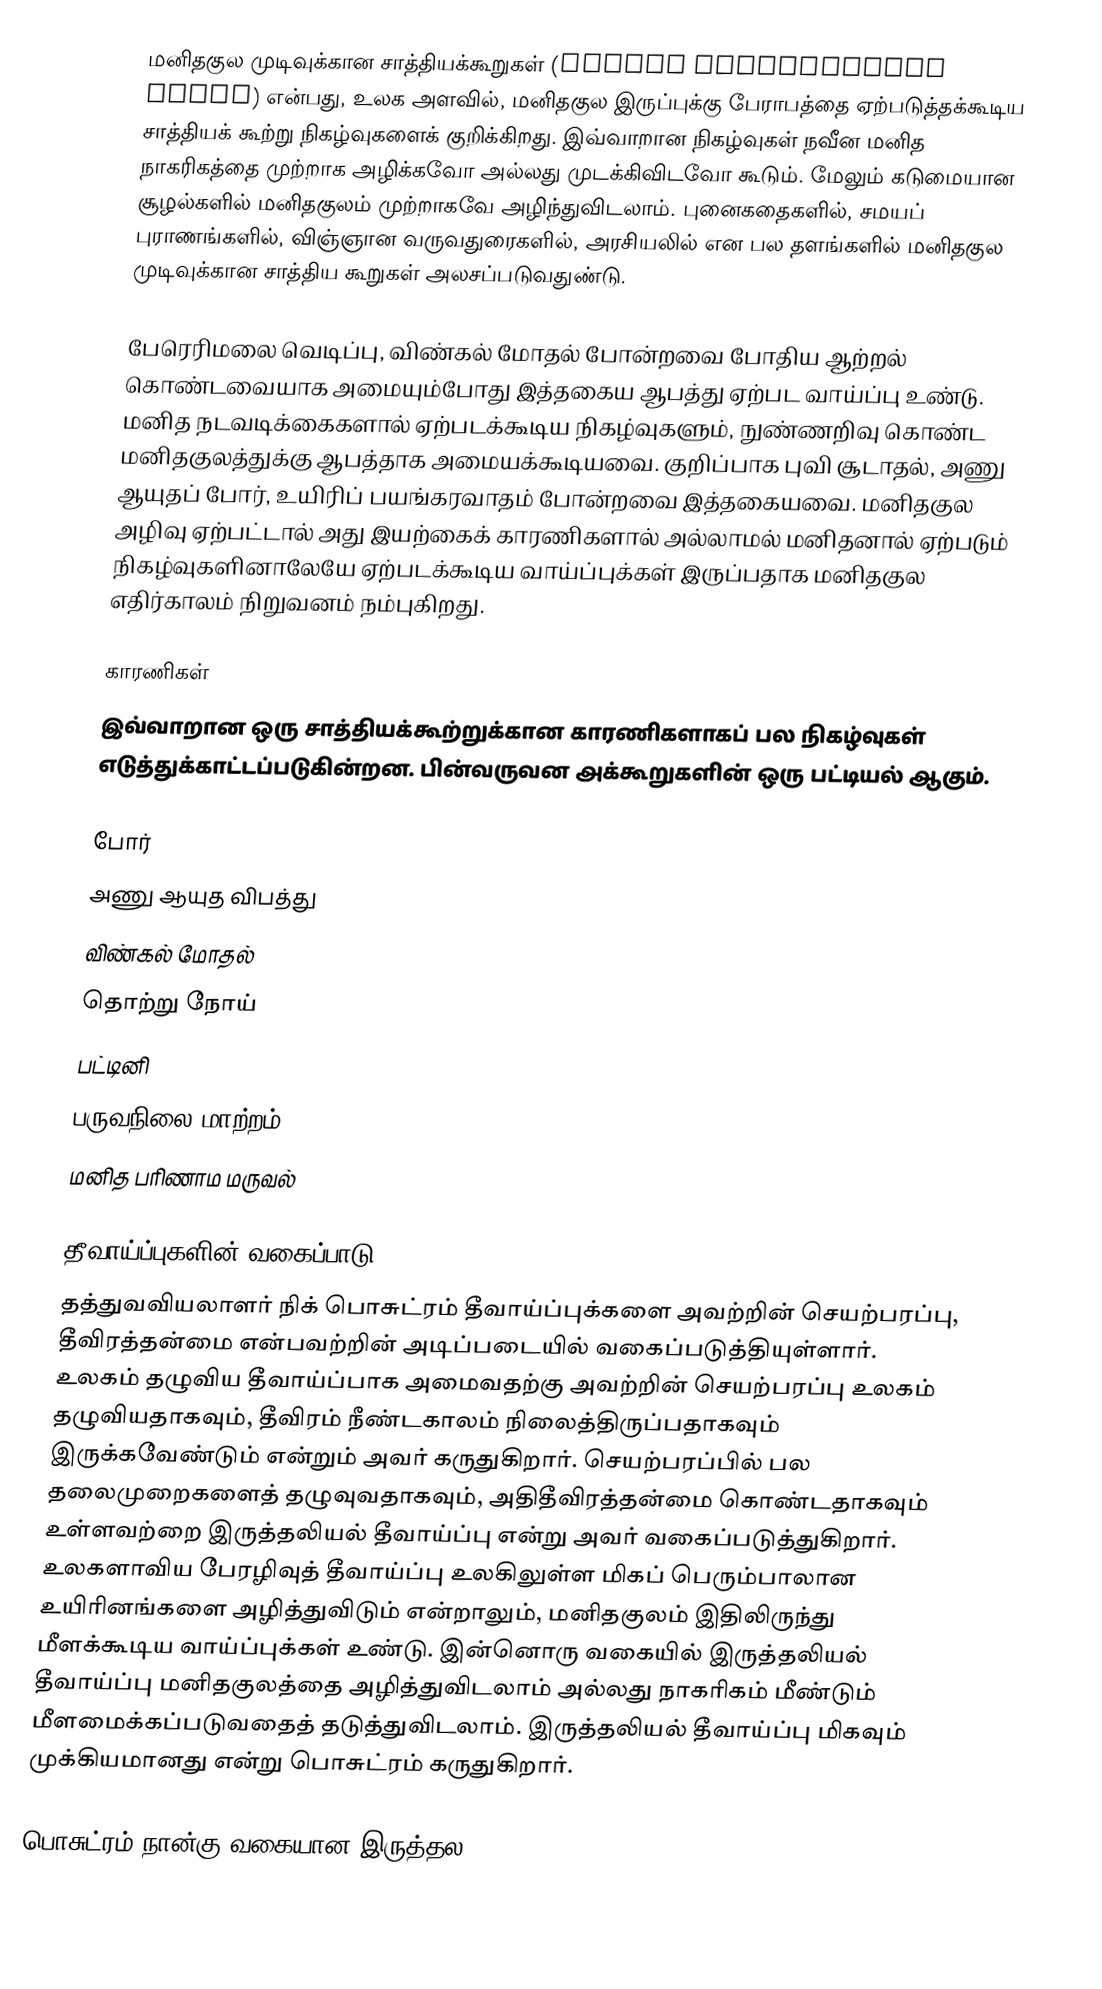
மனிதகுல முடிவுக்கான சாத்தியக்கூறுகள் (Global catastrophic risks) என்பது, உலக அளவில், மனிதகுல இருப்புக்கு பேராபத்தை ஏற்படுத்தக்கூடிய சாத்தியக் கூற்று நிகழ்வுகளைக் குறிக்கிறது. இவ்வாறான நிகழ்வுகள் நவீன மனித நாகரிகத்தை முற்றாக அழிக்கவோ அல்லது முடக்கிவிடவோ கூடும். மேலும் கடுமையான சூழல்களில் மனிதகுலம் முற்றாகவே அழிந்துவிடலாம். புனைகதைகளில், சமயப் புராணங்களில், விஞ்ஞான வருவதுரைகளில், அரசியலில் என பல தளங்களில் மனிதகுல முடிவுக்கான சாத்திய கூறுகள் அலசப்படுவதுண்டு.

பேரெரிமலை வெடிப்பு, விண்கல் மோதல் போன்றவை போதிய ஆற்றல் கொண்டவையாக அமையும்போது இத்தகைய ஆபத்து ஏற்பட வாய்ப்பு உண்டு. மனித நடவடிக்கைகளால் ஏற்படக்கூடிய நிகழ்வுகளும், நுண்ணறிவு கொண்ட மனிதகுலத்துக்கு ஆபத்தாக அமையக்கூடியவை. குறிப்பாக புவி சூடாதல், அணு ஆயுதப் போர், உயிரிப் பயங்கரவாதம் போன்றவை இத்தகையவை. மனிதகுல அழிவு ஏற்பட்டால் அது இயற்கைக் காரணிகளால் அல்லாமல் மனிதனால் ஏற்படும் நிகழ்வுகளினாலேயே ஏற்படக்கூடிய வாய்ப்புக்கள் இருப்பதாக மனிதகுல எதிர்காலம் நிறுவனம் நம்புகிறது.

காரணிகள்
இவ்வாறான ஒரு சாத்தியக்கூற்றுக்கான காரணிகளாகப் பல நிகழ்வுகள் எடுத்துக்காட்டப்படுகின்றன. பின்வருவன அக்கூறுகளின் ஒரு பட்டியல் ஆகும்.

 போர்
 அணு ஆயுத விபத்து
 விண்கல் மோதல்
 தொற்று நோய்
 பட்டினி
 பருவநிலை மாற்றம்
 மனித பரிணாம மருவல்

தீவாய்ப்புகளின் வகைப்பாடு
தத்துவவியலாளர் நிக் பொசுட்ரம் தீவாய்ப்புக்களை அவற்றின் செயற்பரப்பு, தீவிரத்தன்மை என்பவற்றின் அடிப்படையில் வகைப்படுத்தியுள்ளார். உலகம் தழுவிய தீவாய்ப்பாக அமைவதற்கு அவற்றின் செயற்பரப்பு உலகம் தழுவியதாகவும், தீவிரம் நீண்டகாலம் நிலைத்திருப்பதாகவும் இருக்கவேண்டும் என்றும் அவர் கருதுகிறார். செயற்பரப்பில் பல தலைமுறைகளைத் தழுவுவதாகவும், அதிதீவிரத்தன்மை கொண்டதாகவும் உள்ளவற்றை இருத்தலியல் தீவாய்ப்பு என்று அவர் வகைப்படுத்துகிறார். உலகளாவிய பேரழிவுத் தீவாய்ப்பு உலகிலுள்ள மிகப் பெரும்பாலான உயிரினங்களை அழித்துவிடும் என்றாலும், மனிதகுலம் இதிலிருந்து மீளக்கூடிய வாய்ப்புக்கள் உண்டு. இன்னொரு வகையில் இருத்தலியல் தீவாய்ப்பு மனிதகுலத்தை அழித்துவிடலாம் அல்லது நாகரிகம் மீண்டும் மீளமைக்கப்படுவதைத் தடுத்துவிடலாம். இருத்தலியல் தீவாய்ப்பு மிகவும் முக்கியமானது என்று பொசுட்ரம் கருதுகிறார்.

பொசுட்ரம் நான்கு வகையான இருத்தல